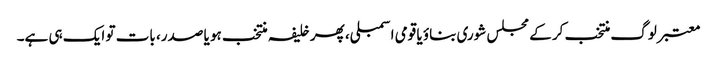
معتبر لوگ منتخب کر کے مجلس شوری بناؤ یا قومی اسمبلی، پھر خلیفہ منتخب ہو یا صدر، بات تو ایک ہی ہے۔